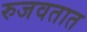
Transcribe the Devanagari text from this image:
रुजवतात